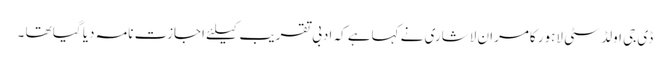
ڈی جی اولڈ سٹی لاہور کامران لاشاری نے کہاہے کہ ادبی تقریب کیلئے اجازت نامہ دیا گیا تھا ۔